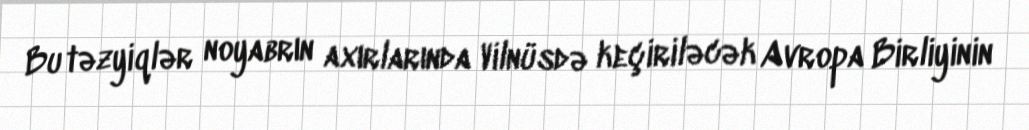
Bu təzyiqlər noyabrın axırlarında Vilnüsdə keçiriləcək Avropa Birliyinin